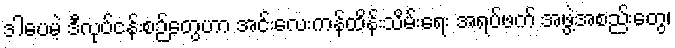
ဒါပေမဲ့ ဒီလုပ်ငန်းစဉ်တွေဟာ အင်းလေးကန်ထိန်းသိမ်းရေး အရပ်ဖက် အဖွဲ့အစည်းတွေ၊